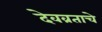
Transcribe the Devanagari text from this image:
देवव्रताचे